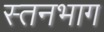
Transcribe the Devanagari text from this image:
स्तनभाग